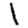
Digit: 1